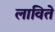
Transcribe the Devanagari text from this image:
लाविते